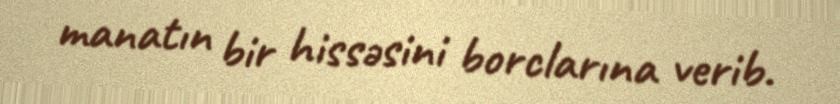
manatın bir hissəsini borclarına verib.